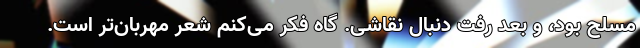
مسلح بود، و بعد رفت دنبال نقاشی. گاه فکر می‌کنم شعر مهربان‌تر است.